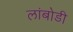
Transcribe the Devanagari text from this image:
लांबोडी